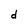
Character: d